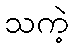
သကဲ့